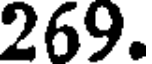
269.